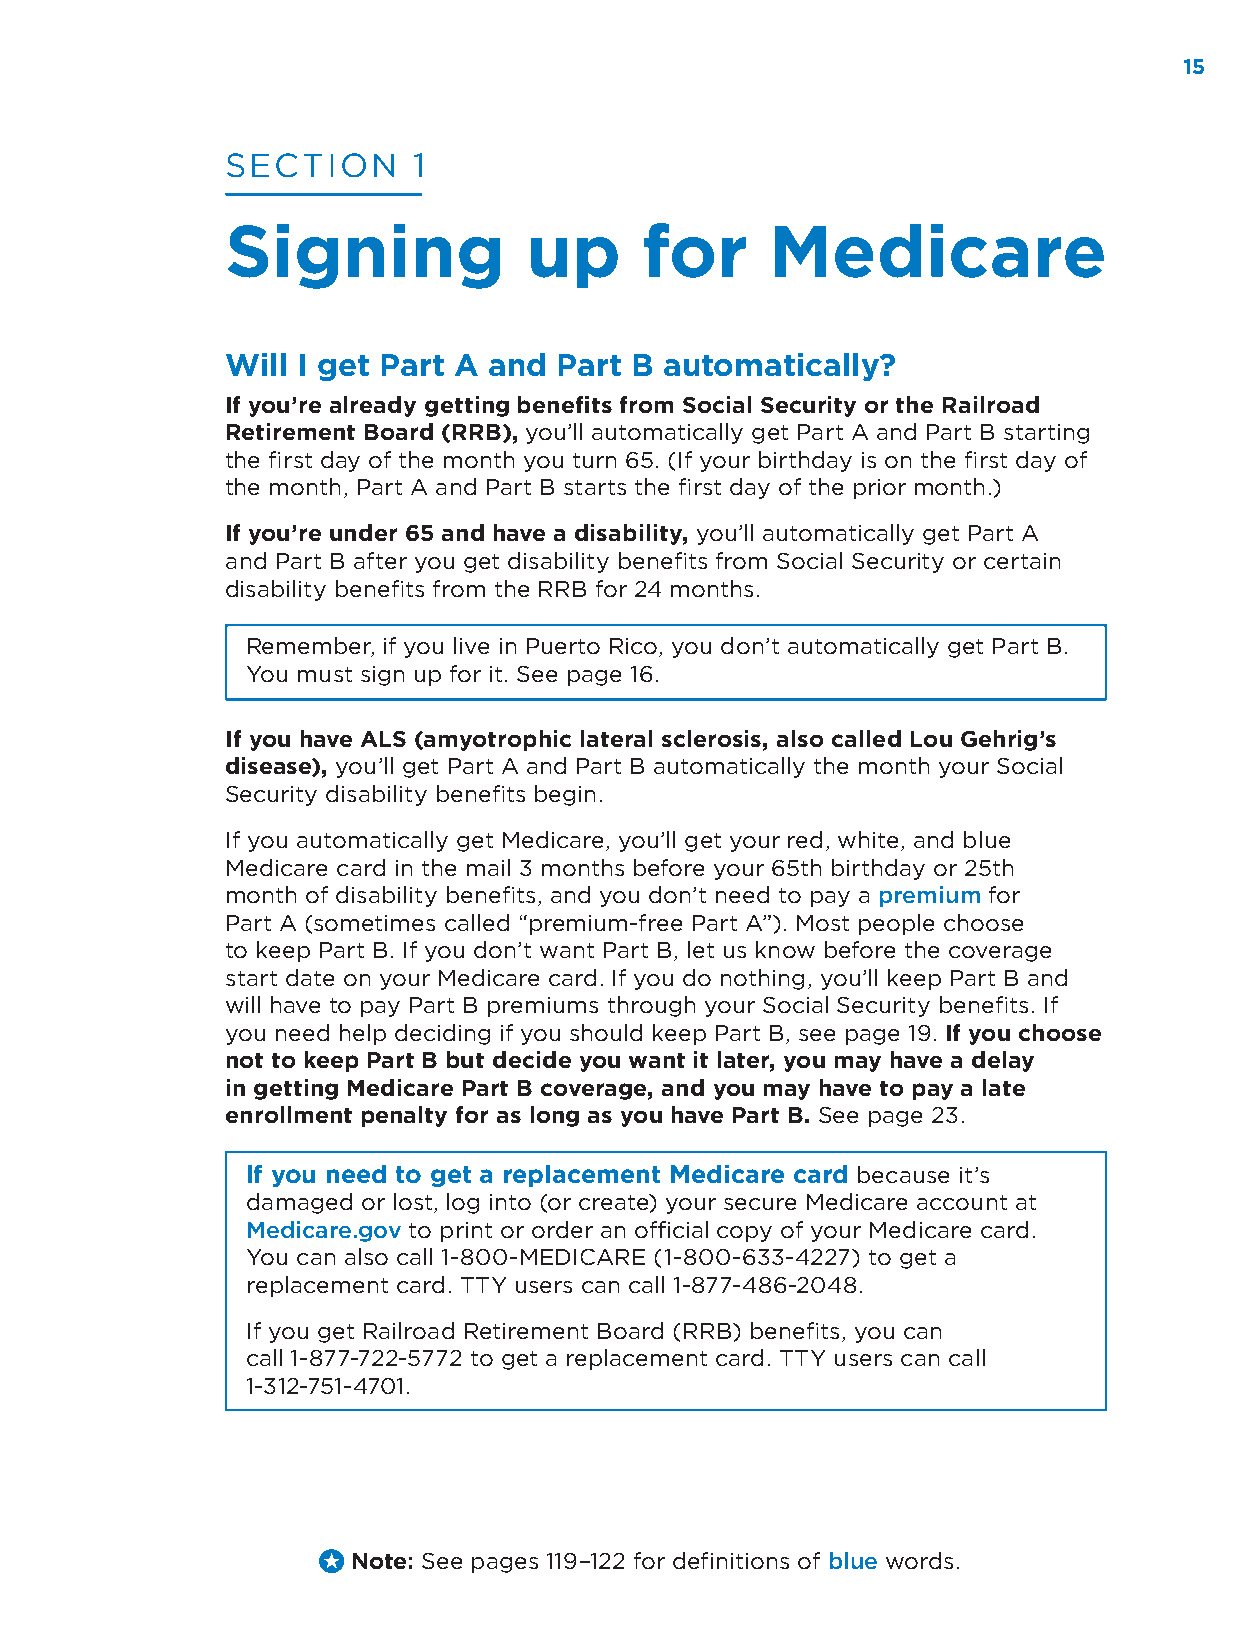
15
 SECTION     1
 Signing             up     for      Medicare
 Will I get Part A and Part B automatically?
 If you’re already getting benefits from Social Security or the Railroad
 Retirement Board (RRB), you’ll automatically get Part A and Part B starting
 the first day of the month you turn 65. (If your birthday is on the first day of
 the month, Part A and Part B starts the first day of the prior month.)
 If you’re under 65 and have a disability, you’ll automatically get Part A
 and Part B after you get disability benefits from Social Security or certain
 disability benefits from the RRB for 24 months.
 Remember, if you live in Puerto Rico, you don’t automatically get Part B.
 You must sign up for it. See page 16.
 If you have ALS (amyotrophic lateral sclerosis, also called Lou Gehrig’s
 disease), you’ll get Part A and Part B automatically the month your Social
 Security disability benefits begin.
 If you automatically get Medicare, you’ll get your red, white, and blue
 Medicare card in the mail 3 months before your 65th birthday or 25th
 month of disability benefits, and you don’t need to pay a premium for
 Part A (sometimes called “premium-free Part A”). Most people choose
 to keep Part B. If you don’t want Part B, let us know before the coverage
 start date on your Medicare card. If you do nothing, you’ll keep Part B and
 will have to pay Part B premiums through your Social Security benefits. If
 you need help deciding if you should keep Part B, see page 19. If you choose
 not to keep Part B but decide you want it later, you may have a delay
 in getting Medicare Part B coverage, and you may have to pay a late
 enrollment penalty for as long as you have Part B. See page 23.
 If you need to get a replacement Medicare card because it’s
 damaged or lost, log into (or create) your secure Medicare account at
 Medicare.gov to print or order an official copy of your Medicare card.
 You can also call 1-800-MEDICARE (1-800-633-4227) to get a
 replacement card. TTY users can call 1-877-486-2048.
 If you get Railroad Retirement Board (RRB) benefits, you can
 call 1-877-722-5772 to get a replacement card. TTY users can call
 1-312-751-4701.
 Note: See pages 119–122 for definitions of blue words.